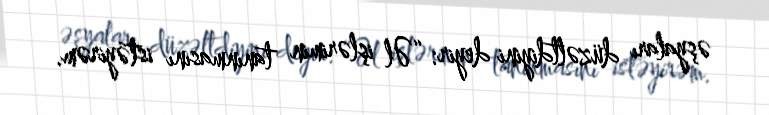
əşyaları düzəltdiyini deyir: “Əl işlərimin tanınmasını istəyirəm.